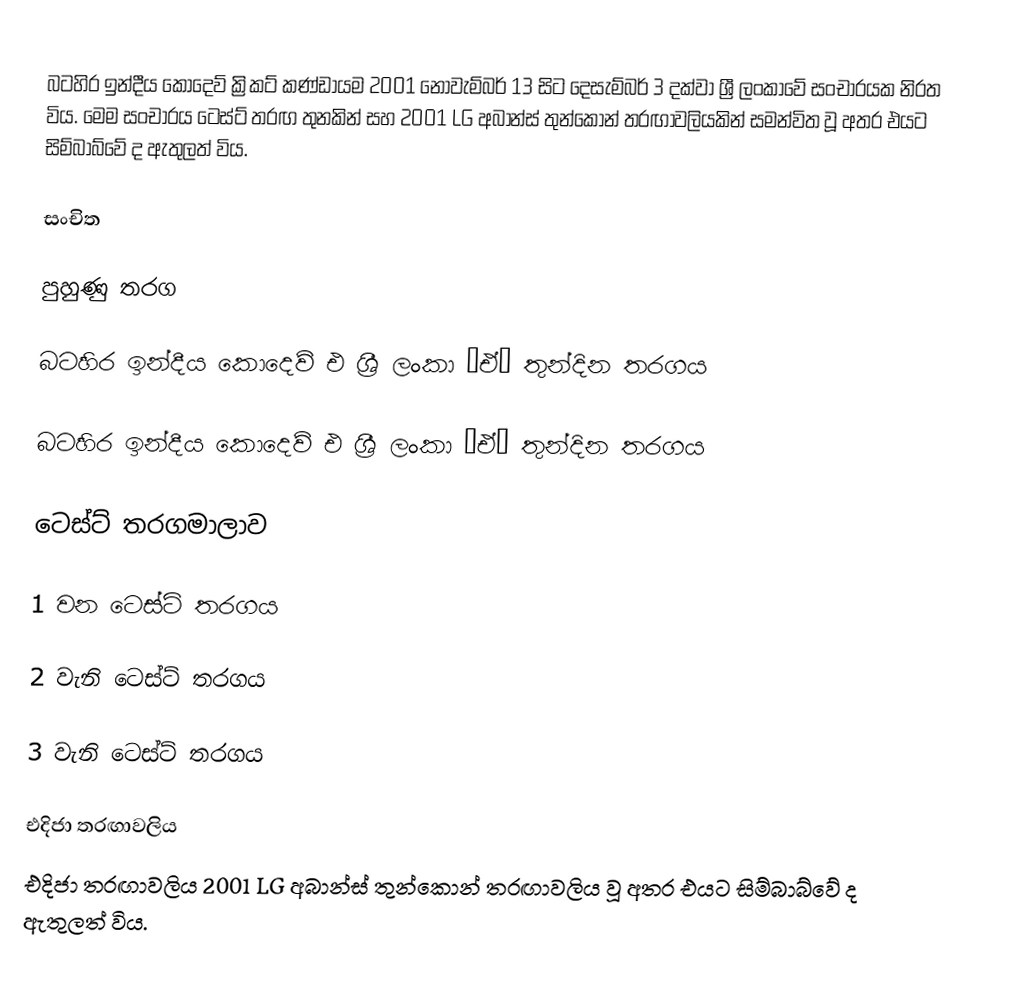
බටහිර ඉන්දීය කොදෙව් ක්‍රිකට් කණ්ඩායම 2001 නොවැම්බර් 13 සිට දෙසැම්බර් 3 දක්වා ශ්‍රී ලංකාවේ සංචාරයක නිරත විය. මෙම සංචාරය ටෙස්ට් තරඟ තුනකින් සහ 2001 LG අබාන්ස් තුන්කොන් තරඟාවලියකින් සමන්විත වූ අතර එයට සිම්බාබ්වේ ද ඇතුලත් විය.

සංචිත

පුහුණු තරග

බටහිර ඉන්දීය කොදෙව් එ ශ්‍රී ලංකා ‘ඒ’ තුන්දින තරගය

බටහිර ඉන්දීය කොදෙව් එ ශ්‍රී ලංකා ‘ඒ’ තුන්දින තරගය

ටෙස්ට් තරගමාලාව

1 වන ටෙස්ට් තරගය

2 වැනි ටෙස්ට් තරගය

3 වැනි ටෙස්ට් තරගය

එදිජා තරඟාවලිය
එදිජා තරඟාවලිය 2001 LG අබාන්ස් තුන්කොන් තරඟාවලිය වූ අතර එයට සිම්බාබ්වේ ද ඇතුලත් විය.